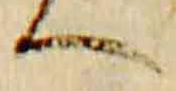
へ